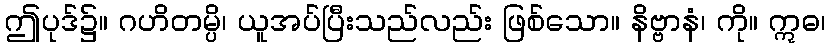
ဤပုဒ်၌။ ဂဟိတမ္ပိ၊ ယူအပ်ပြီးသည်လည်း ဖြစ်သော။ နိဗ္ဗာနံ၊ ကို။ ဣဓ၊